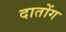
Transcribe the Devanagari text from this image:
दातोंग